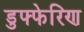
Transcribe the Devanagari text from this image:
डुफ्फेरिण